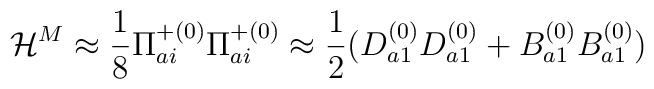
{\cal H}^M \approx \frac{1}{8}{\Pi}^{+(0)}_{ai}{\Pi}^{+(0)}_{ai} \approx \frac{1}{2}(D^{(0)}_{a1}D^{(0)}_{a1} + B^{(0)}_{a1}B^{(0)}_{a1})